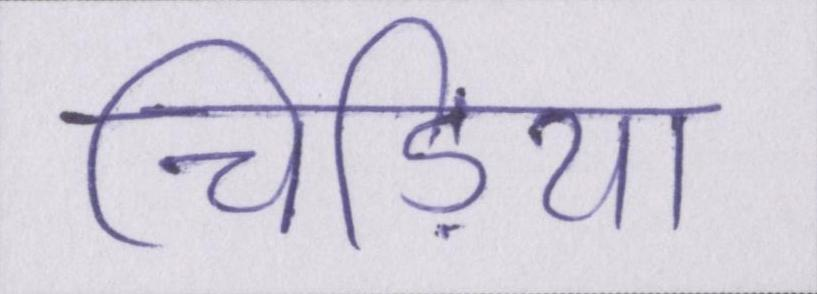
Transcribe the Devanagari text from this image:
चिड़िया